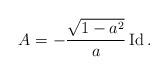
LaTeX: \begin{align*}A=-\frac{\sqrt{1-a^2}}{a}\operatorname{Id}.\end{align*}